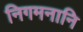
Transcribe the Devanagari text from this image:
निगमनानि